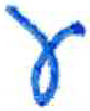
אות: ע